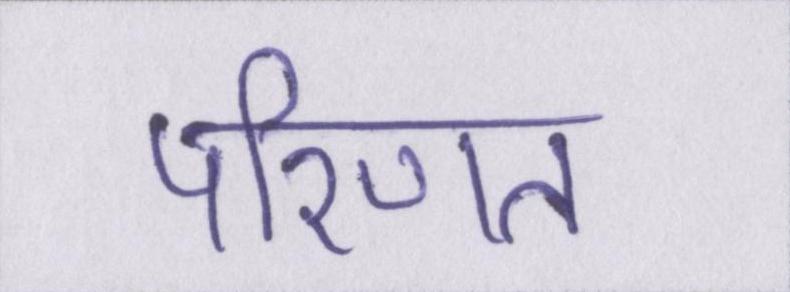
परिणत